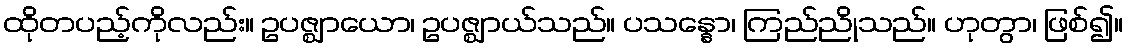
ထိုတပည့်ကိုလည်း။ ဥပဇ္ဈာယော၊ ဥပဇ္ဈာယ်သည်။ ပသန္နော၊ ကြည်ညိုသည်။ ဟုတွာ၊ ဖြစ်၍။